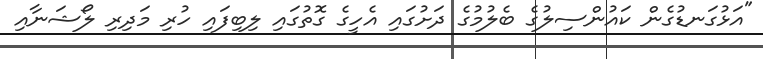
"އަޅުގަނޑުގެން ކައުންސިލުގެ ބެލުމުގެ ދަށުގައި އެހީގެ ގޮތުގައި ލިބިފައި ހުރި މަދިރި ލޯޝަނާއި